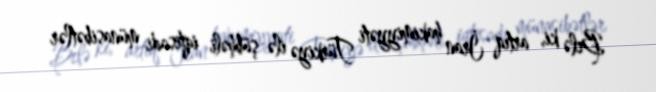
Belə ki, artıq İran hakimiyyəti Türkiyə ilə şübhəli iqtisadi münasibətlər